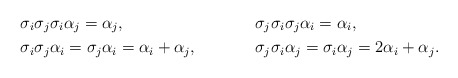
\begin{align*}&\sigma_i\sigma_j\sigma_i\alpha_j=\alpha_j, & &\sigma_j\sigma_i\sigma_j\alpha_i=\alpha_i,\\&\sigma_i\sigma_j\alpha_i=\sigma_j\alpha_i=\alpha_i+\alpha_j, &&\sigma_j\sigma_i\alpha_j=\sigma_i\alpha_j=2\alpha_i+\alpha_j.\end{align*}